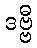
ဒဗ္ဗီ